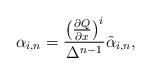
LaTeX: \begin{align*}\alpha_{i,n}={\left(\partial Q\over\partial x\right)^{i}\over \Delta^{n-1}}\tilde\alpha_{i,n},\end{align*}